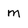
Character: m